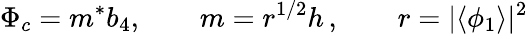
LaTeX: \Phi_{c}=m^{*}b_{4},\qquad m=r^{1/2}h\, ,\qquad r=|\langle\phi_{1}\rangle|^{2}